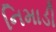
નિમાડી